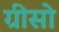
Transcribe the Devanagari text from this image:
ग्रीसो